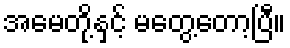
အမေတို့နှင့် မတွေ့တော့ပြီ။